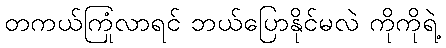
တကယ်ကြုံလာရင် ဘယ်ပြောနိုင်မလဲ ကိုကိုရဲ့